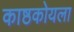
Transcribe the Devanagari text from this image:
काष्ठकोयला